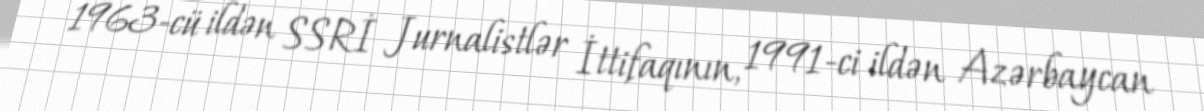
1963-cü ildən SSRİ Jurnalistlər İttifaqının, 1991-ci ildən Azərbaycan